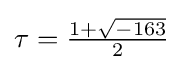
\textstyle \tau ={\frac {1+{\sqrt {-163}}}{2}}